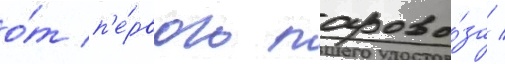
о́т п'е́рвого парово́за /